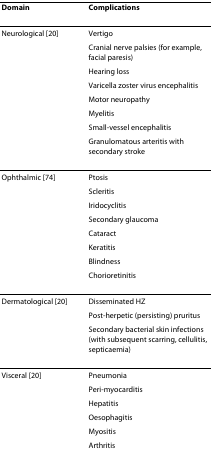
| Domain | Complications |
 | --- | --- |
 | Neurological [20] | Vertigo |
 |  | Cranial nerve palsies (for example, facial paresis) |
 |  | Hearing loss |
 |  | Varicella zoster virus encephalitis |
 |  | Motor neuropathy |
 |  | Myelitis |
 |  | Small-vessel encephalitis |
 |  | Granulomatous arteritis with secondary stroke |
 | Ophthalmic [74] | Ptosis |
 |  | Scleritis |
 |  | Iridocyclitis |
 |  | Secondary glaucoma |
 |  | Cataract |
 |  | Keratitis |
 |  | Blindness |
 |  | Chorioretinitis |
 | Dermatological [20] | Disseminated HZ |
 |  | Post-herpetic (persisting) pruritus |
 |  | Secondary bacterial skin infections (with subsequent scarring, cellulitis, septicaemia) |
 | Visceral [20] | Pneumonia |
 |  | Peri-myocarditis |
 |  | Hepatitis |
 |  | Oesophagitis |
 |  | Myositis |
 |  | Arthritis |